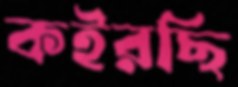
কইরছি